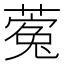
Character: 𮐵